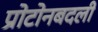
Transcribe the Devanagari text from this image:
प्रोटोनबदली